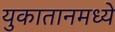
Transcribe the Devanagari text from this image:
युकातानमध्ये